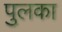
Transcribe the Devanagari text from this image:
पुलका